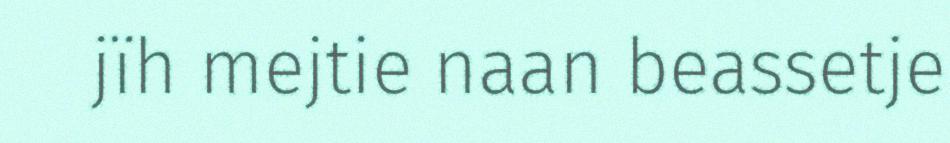
jïh mejtie naan beassetje